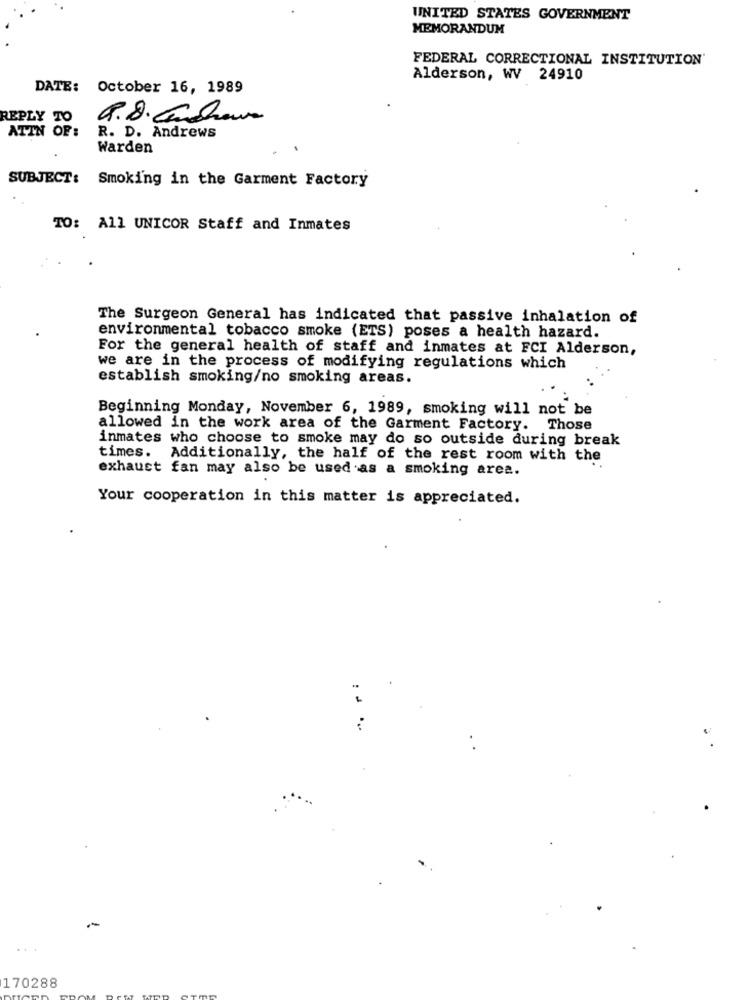
UNITED STATES GOVERNMENT
MEMORANDUM
FEDERAL CORRECTIONAL INSTITUTION'
Alderson, WV 24910
DATE: October 16, 1989
REPLY TO
ATIN OF:
R. D. Andrews
Warden
SUBJECT: Smoking in the Garment Factory
TO: All UNICOR Staff and Inmates
The Surgeon General has indicated that passive inhalation of
environmental tobacco smoke (ETS) poses a health hazard.
For the general health of staff and inmates at FCI Alderson,
we are in the process of modifying regulations which
establish smoking/no smoking areas.
Beginning Monday, November 6, 1989, smoking will not be
allowed in the work area of the Garment Factory. Those
inmates who choose to smoke may do so outside during break
times. Additionally, the half of the rest room with the
exhaust fan may also be used as a smoking area.
Your cooperation in this matter is appreciated.
...
170288